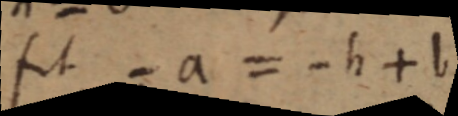
fit - a = - h + b